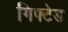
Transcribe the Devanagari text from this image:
गिफ्टेड